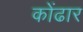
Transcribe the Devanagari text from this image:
कोंढार